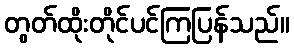
တွတ်ထိုးတိုင်ပင်ကြပြန်သည်။